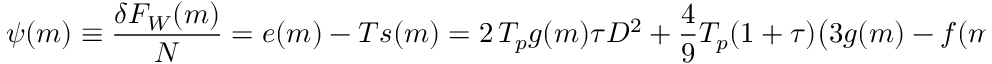
\begin{array} { c c c } { \displaystyle { \psi ( m ) \equiv \frac { \delta F _ { W } ( m ) } { N } = e ( m ) - T s ( m ) = 2 \, T _ { p } g ( m ) \tau D ^ { 2 } + \frac { 4 } { 9 } T _ { p } ( 1 + \tau ) \big ( 3 g ( m ) - f ( m ) \big ) D ^ { 4 } . } } \end{array}